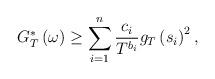
LaTeX: \begin{align*}G{}_{T}^{*}\left(\omega\right)\geq\sum_{i=1}^{n}\frac{c_{i}}{T^{b_{i}}}g_{T}\left(s_{i}\right)^{2},\end{align*}